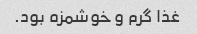
غذا گرم و خوشمزه بود.